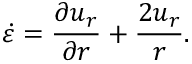
\dot { \varepsilon } = \frac { \partial u _ { r } } { \partial r } + \frac { 2 u _ { r } } { r } .